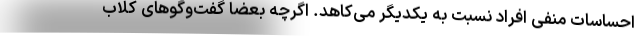
احساسات منفی افراد نسبت به یکدیگر می‌کاهد. اگرچه بعضا گفت‌وگوهای کلاب